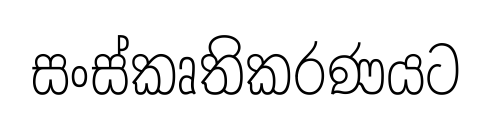
සංස්කෘතිකරණයට